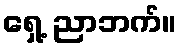
ရှေ့ ညာဘက်။